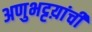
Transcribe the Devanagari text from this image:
अणुभट्टय़ांची